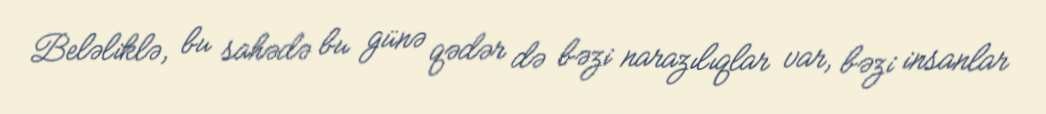
Beləliklə, bu sahədə bu günə qədər də bəzi narazılıqlar var, bəzi insanlar